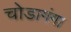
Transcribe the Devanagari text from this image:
चोडागंगा